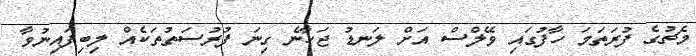
މެޗުގެ ފުރަތަމަ ހާފުގައި ވޭލްސް އަށް ލަނޑު ޖަހާނެ ގިނަ ފުރުސަތުތަކެއް ލިބިފައިނުވާ